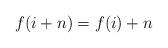
LaTeX: \begin{align*} f(i+n) = f(i)+n \end{align*}